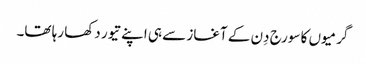
گرمیوں کا سورج دِن کے آغاز سے ہی اپنے تیور دکھا رہا تھا۔